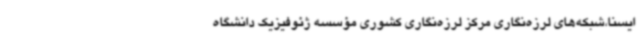
ایسنا،شبکه‌های لرزه‌نگاری مرکز لرزه‌نگاری کشوری مؤسسه ژئوفیزیک دانشگاه